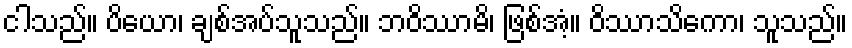
ငါသည်။ ပိယော၊ ချစ်အပ်သူသည်။ ဘဝိဿာမိ၊ ဖြစ်အံ့။ ဝိဿာသိကော၊ သူသည်။